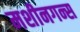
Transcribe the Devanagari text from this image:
मशीनगन्स